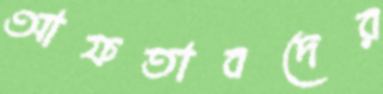
আফতাবদের